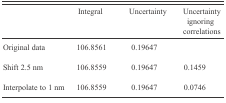
|  | Integral | Uncertainty | Uncertainty ignoring correlations |
 | --- | --- | --- | --- |
 | Original data | 106.8561 | 0.19647 |  |
 | Shift 2.5 nm | 106.8559 | 0.19647 | 0.1459 |
 | Interpolate to 1 nm | 106.8559 | 0.19647 | 0.0746 |